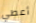
أعطي